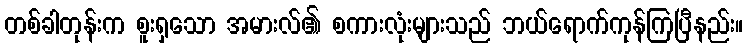
တစ်ခါတုန်းက စူးရှသော အမားလ်၏ စကားလုံးများသည် ဘယ်ရောက်ကုန်ကြပြီနည်း။